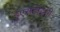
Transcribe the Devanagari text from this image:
इएसटीइसी